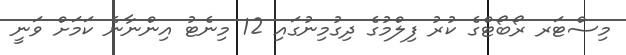
މިސްޓަރ ރޯބޯޓްގެ ކުރު ފިލްމުގެ ދިގުމިނުގައި 12 މިނެޓު އިންނާނެ ކަމަށް ވަނީ